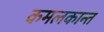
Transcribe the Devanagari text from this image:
कमलकान्त